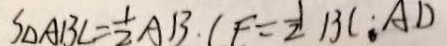
S _ { \Delta A B C } = \frac { 1 } { 2 } A B \cdot C E = \frac { 1 } { 2 } B C \cdot A D